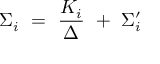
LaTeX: \Sigma _ { i } ~ = ~ \frac { K _ { i } } { \Delta } ~ + ~ \Sigma _ { i } ^ { \prime }